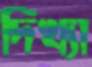
দিখ্যা